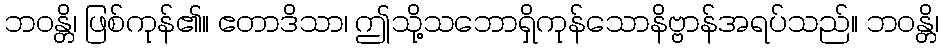
ဘဝန္တိ၊ ဖြစ်ကုန်၏။ ဧတာဒိသာ၊ ဤသို့သဘောရှိကုန်သောနိဗ္ဗာန်အရပ်သည်။ ဘဝန္တိ၊